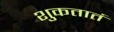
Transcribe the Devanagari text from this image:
शुकतातं